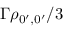
\Gamma \rho _ { 0 ^ { \prime } , 0 ^ { \prime } } / 3